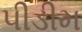
પીડીમ